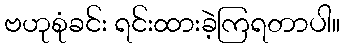
ဗဟုစုံခင်း ရင်းထားခဲ့ကြရတာပါ။